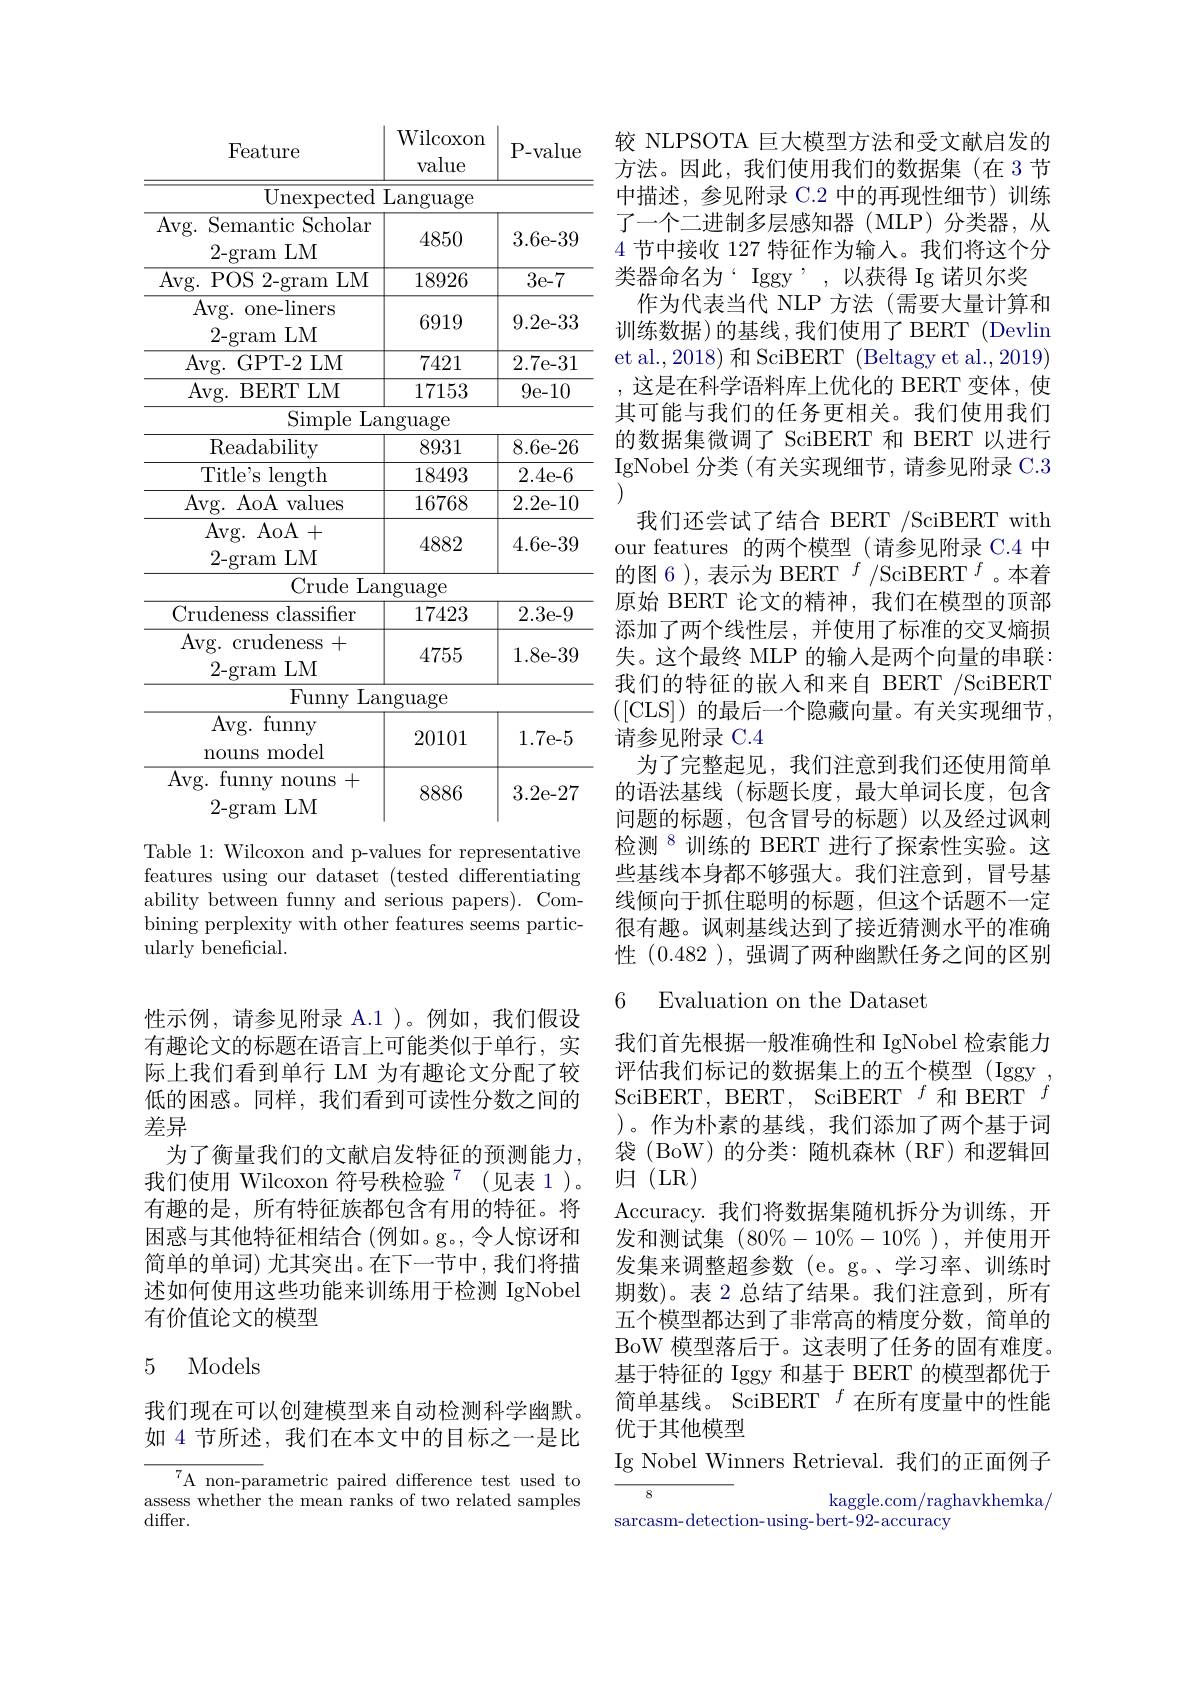
<table>
	<tbody>
		<tr>
			<th>Feature</th>
			<th>Wilcoxon value</th>
			<th>P- value</th>
		</tr>
		<tr>
			<td>Unexpected</td>
			<td>Language</td>
			<td> </td>
		</tr>
		<tr>
			<td>Avg. Semantic Scholar 2- gram LM</td>
			<td>4850</td>
			<td>3.6e-39</td>
		</tr>
		<tr>
			<td>Avg. POS 2-gram LM</td>
			<td>18926</td>
			<td>3e-7</td>
		</tr>
		<tr>
			<td>$\operatorname{Avg.~one-liners}$ 2-gram LM</td>
			<td>6919</td>
			<td>9.2e-33</td>
		</tr>
		<tr>
			<td>Avg. GPT- 2 LM</td>
			<td>7421</td>
			<td>2.7e-31</td>
		</tr>
		<tr>
			<td>Avg. BERT LM</td>
			<td>17153</td>
			<td>9e-10</td>
		</tr>
		<tr>
			<td>Simple La</td>
			<td>$\operatorname{lnguage}$</td>
			<td> </td>
		</tr>
		<tr>
			<td>Readability</td>
			<td>8931</td>
			<td>8.6e-26</td>
		</tr>
		<tr>
			<td>Title's length</td>
			<td>18493</td>
			<td>2.4e-6</td>
		</tr>
		<tr>
			<td>Avg. AoA values</td>
			<td>16768</td>
			<td>2.2e-10</td>
		</tr>
		<tr>
			<td>Avg. AoA+ 2- gramLM</td>
			<td>4882</td>
			<td>4.6e-39</td>
		</tr>
		<tr>
			<td> Crude La</td>
			<td>$\operatorname{nguage}$</td>
			<td> </td>
		</tr>
		<tr>
			<td>Crudeness classifier</td>
			<td>17423</td>
			<td>2.3e-9</td>
		</tr>
		<tr>
			<td>$\operatorname{Avg.~crudeness}$ + 2- gram 1LM</td>
			<td>4755</td>
			<td>1.8e-39</td>
		</tr>
		<tr>
			<td>Funny La</td>
			<td>nguage</td>
			<td> </td>
		</tr>
		<tr>
			<td>Avg. funny nouns model</td>
			<td>20101</td>
			<td>1.7e-5</td>
		</tr>
		<tr>
			<td>Avg. funny nouns LM 2- gram</td>
			<td>8886</td>
			<td>3.2e-27</td>
		</tr>
	</tbody>
</table>
Table 1: Wilcoxon and p-values for representative

features using our dataset (tested differentiating ability between funny and serious papers). Combining perplexity with other features seems particularly beneficial.

性示例，请参见附录 A.1 )。例如，我们假设有趣论文的标题在语言上可能类似于单行，实际上我们看到单行 LM 为有趣论文分配了较低的困惑。同样，我们看到可读性分数之间的差异
为了衡量我们的文献启发特征的预测能力. 我们使用 Wilcoxon 符号秩检验$^{7}$(见表1)。有趣的是，所有特征族都包含有用的特征。将困惑与其他特征相结合(例如。g。, 令人惊讶和简单的单词) 尤其突出。在下一节中，我们将描述如何使用这些功能来训练用于检测 IgNobel 有价值论文的模型

## 5 Models

我们现在可以创建模型来自动检测科学幽默。如 4 节所述，我们在本文中的目标之一是比

A non-parametric paired difference test used to assess whether the mean ranks of two related samples differ.

较 NLPSOTA 巨大模型方法和受文献启发的方法。因此，我们使用我们的数据集(在 3节中描述，参见附录 C.2 中的再现性细节)训练了一个二进制多层感知器(MLP)分类器，从4 节中接收 127 特征作为输入。我们将这个分类器命名为‘Iggy’,以获得 Ig 诺贝尔奖
作为代表当代 NLP 方法(需要大量计算和训练数据)的基线，我们使用了 BERT (Devlin et al.,2018) 和 SciBERT (Beltagy et al.,2019) ,这是在科学语料库上优化的 BERT 变体，使其可能与我们的任务更相关。我们使用我们的数据集微调了 SciBERT 和 BERT 以进行IgNobel 分类 (有关实现细节，请参见附录 C.3
我们还尝试了结合 BERT /SciBERT with our features 的两个模型(请参见附录 C.4 中的图 6 ), 表示为 BERT $^f/\mathrm{SciBERT}^f$。本着原始 BERT 论文的精神，我们在模型的顶部添加了两个线性层，并使用了标准的交叉熵损失。这个最终 MLP 的输入是两个向量的串联： 我们的特征的嵌入和来自 BERT /SciBERT ([CLS])的最后一个隐藏向量。有关实现细节， 请参见附录 C.4
为了完整起见，我们注意到我们还使用简单的语法基线(标题长度，最大单词长度，包含问题的标题，包含冒号的标题)以及经过讽刺检测$^{8}$训练的 BERT 进行了探索性实验。这些基线本身都不够强大。我们注意到，冒号基线倾向于抓住聪明的标题，但这个话题不一定很有趣。讽刺基线达到了接近猜测水平的准确性 (0.482 ),强调了两种幽默任务之间的区别6 Evaluation on the Dataset

我们首先根据一般准确性和 IgNobel 检索能力

评估我们标记的数据集上的五个模型(Iggy)

SciBERT, BERT, SciBERT $^{f}$和 BERT $^{f}$

)。作为朴素的基线，我们添加了两个基于词

袋 (BoW) 的分类：随机森林 (RF) 和逻辑回

归(LR)

Accuracy.我们将数据集随机拆分为训练，开

发和测试集$(80\%-10\%-10\%)$,并使用开

发集来调整超参数 (e。g。、学习率、训练时

期数)。表 2 总结了结果。我们注意到，所有

五个模型都达到了非常高的精度分数，简单的

BoW 模型落后于。这表明了任务的固有难度。

基于特征的 Iggy 和基于 BERT 的模型都优于

简单基线。 SciBERT $^f$在所有度量中的性能

优于其他模型

Ig Nobel Winners Retrieval. 我们的正面例子

8

kaggle.com/raghavkhemka/

sarcasm-detection-using-bert-92-accuracy